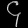
Digit: ၄